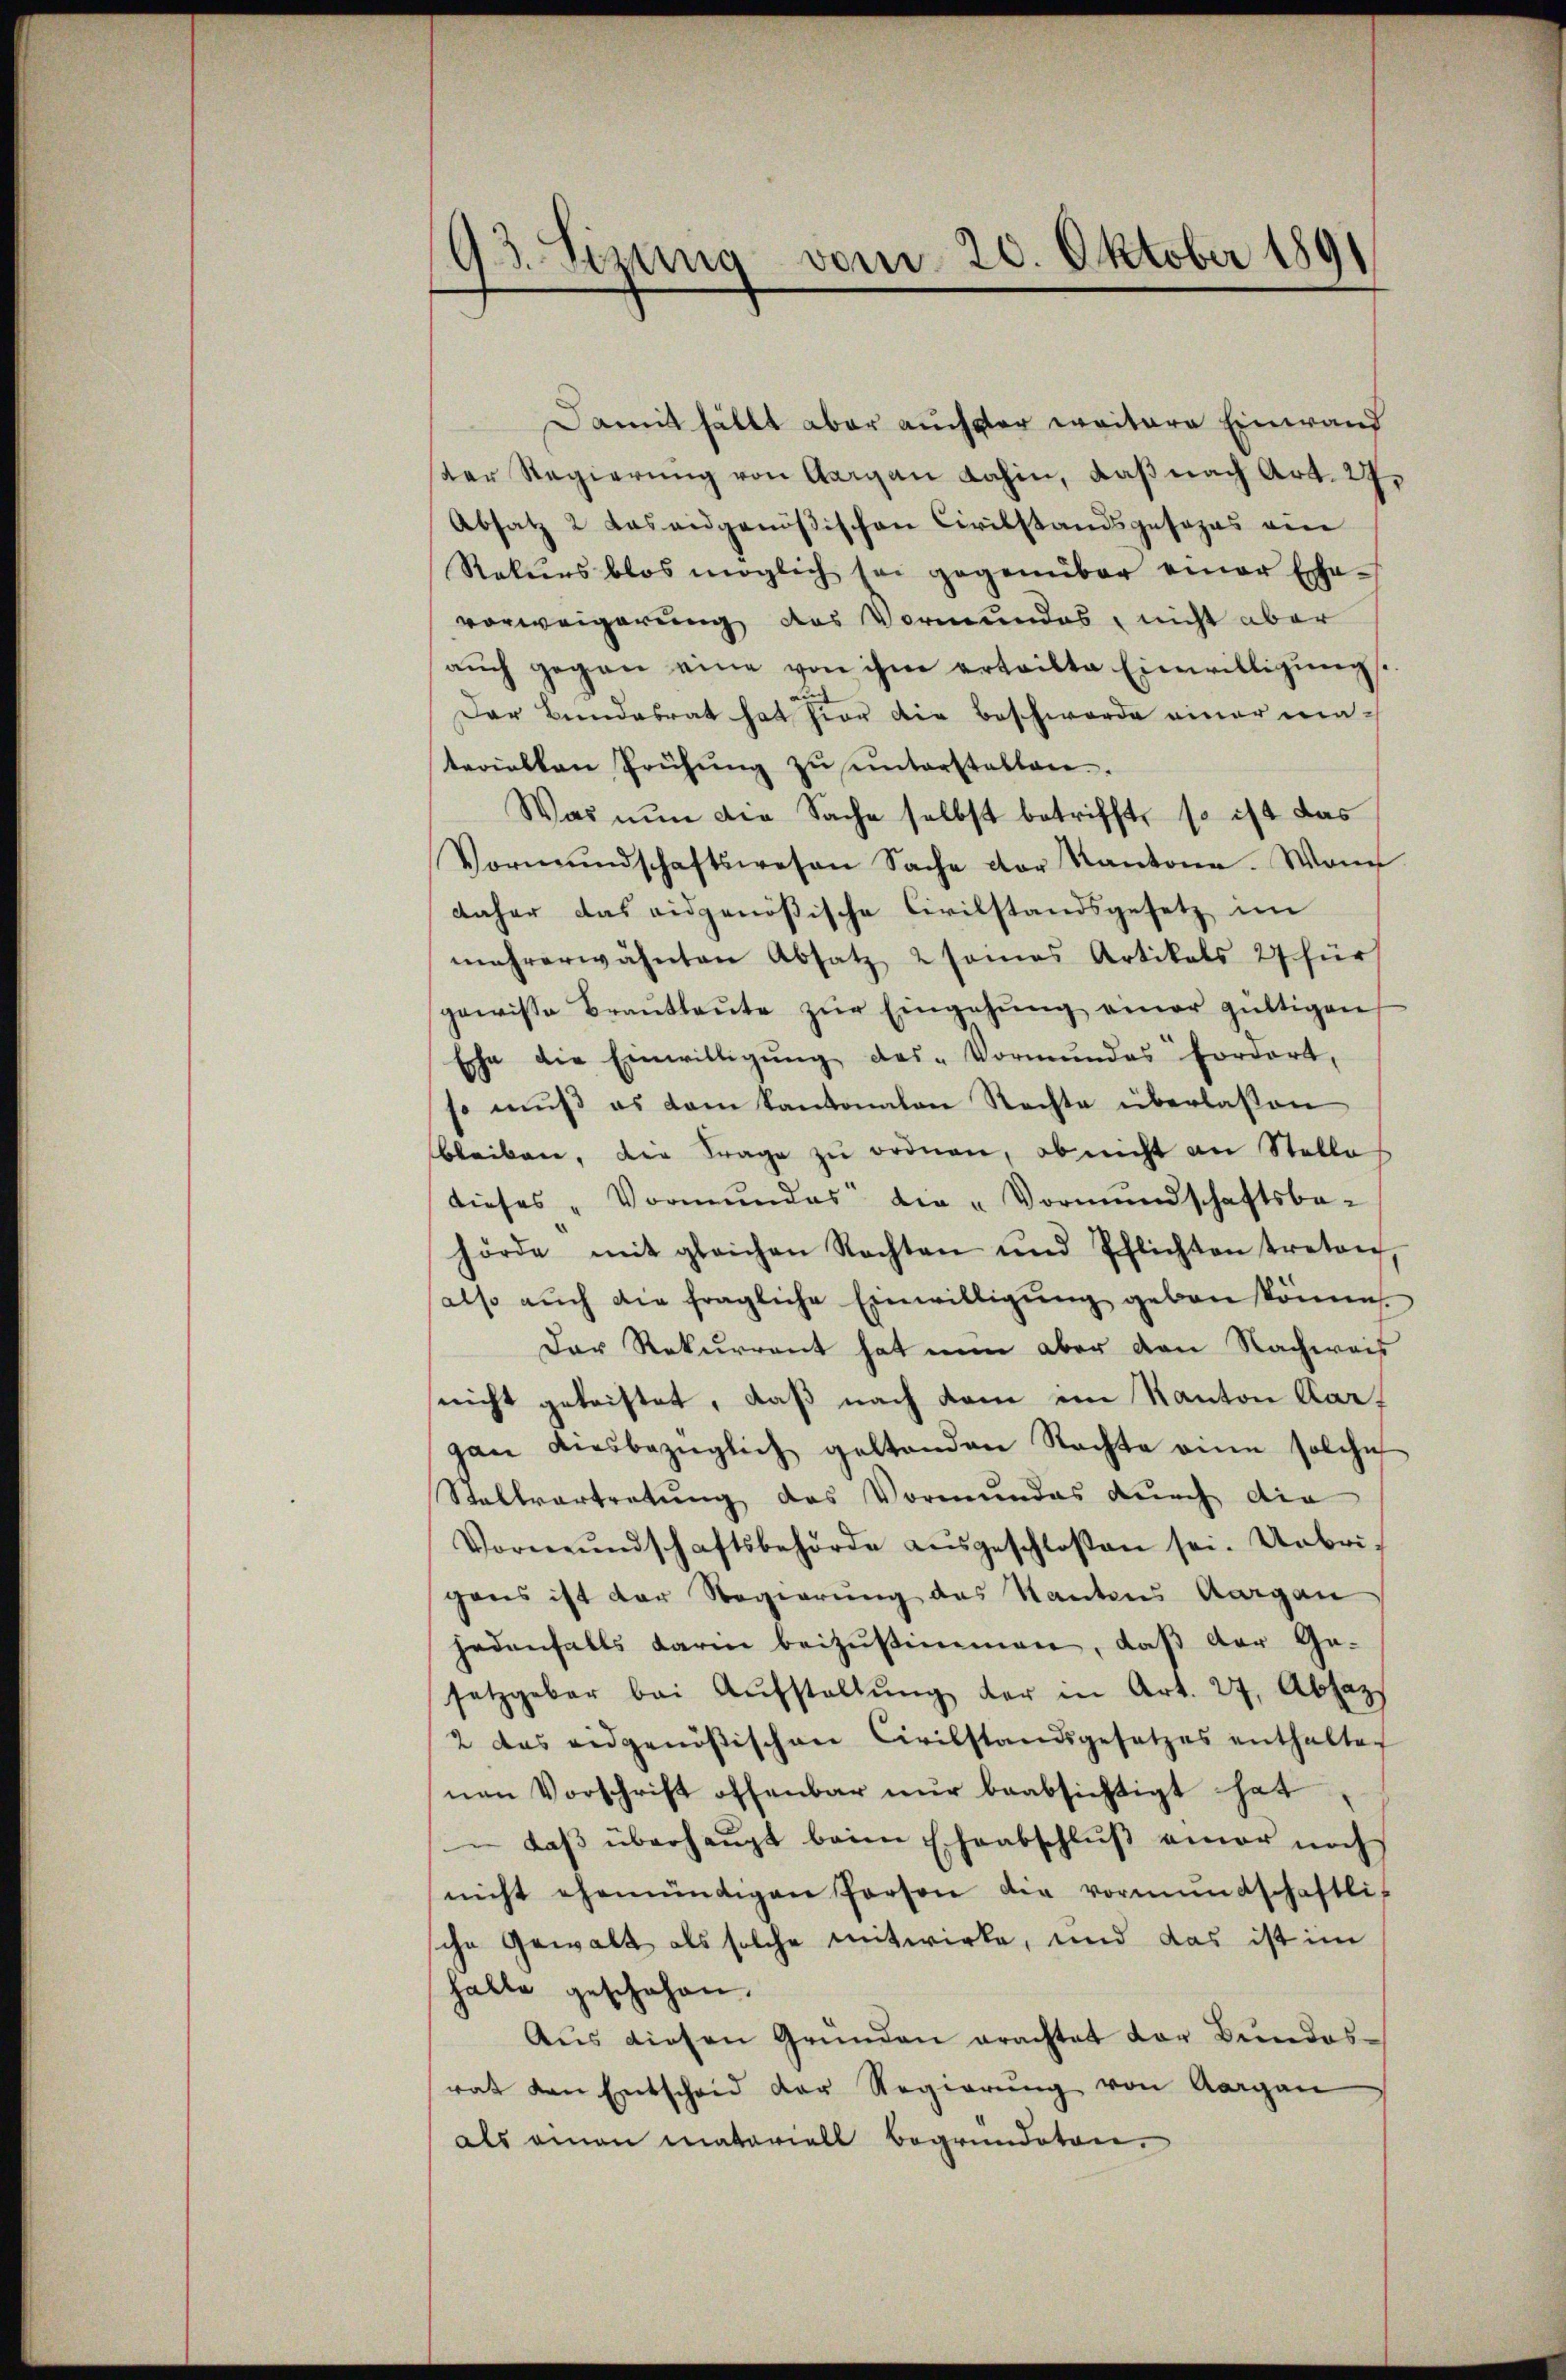
93. Sizung vom 20. Oktober 189

Damit fällt aber aucher weitere Einwand
ster Regierung von Aargau dahin, daß nach Art. 27.
Absatz 2 das eidgenößischen Civilstandsgesezes ein
Rekurs blos möglich sei gegenüber einer Ehe-
vorweigerung des Vormundes, nicht aber
aŭch gegen eine von ihm erteilte Einwilligŭng
Der Bundesrat hat hier die Beschwerde einer materiellen Prühŭng zŭ ŭnterstalten.
Was nun die Sache selbst betrifft, so ist das
Vormŭndschaftswesen Sache der Kantone. Wann
daher das eidgenößische Civilstandsgesetz im
mehrerwähnten Absatz 2 somas Artikals 27 für
gewisse Braŭtleŭte zŭr Eingehŭng einer gültigen
Ehe die Einwilligŭng des-Vormŭndes fordert,
 mŭβ es dem Kantonalen Rechte überlassen
bleiben, die Frage zu ordnen, ob nicht an Stelle
dieses „Vormŭndes die „Vormundschaftsbe-
hörde mit gleichen Nachten und Pflichten treten
also auch die fragliche Einwilligŭng geben könne.
Der Rekurrent hat nun aber den Nachweis
snicht geleistet, daß nach kam im Kanton Aargan diesbezüglich geltenden Nachte eine solche
Stallvertretung des Vormundes durch die
Vormŭndschaftsbehörde aŭsgeschloßen sei. Uebrigens ist der Regierung des Kantons Aargau
jedenfalls darin beizŭstimmen, daß der Ge-
setzgeber bei Aŭfstellŭng der in Art. 27. Absaz
2 das eidgenössischen Civilstandsgesetzes enthalten
nen Vorschrift offenbar nŭr beabsichtigt hat
 dass überhaŭpt beim Eheabschlŭβ einer noch
nicht ehemündigen Person die vormundschaftli-
sche Gewalt als solche mitwirke, und das ist im
halte geschehen.
Aŭs diesen Grŭnden erachtet der Bŭndes-
rat den Entscheid der Regierŭng von Aargau
als einen materiell begründeten.